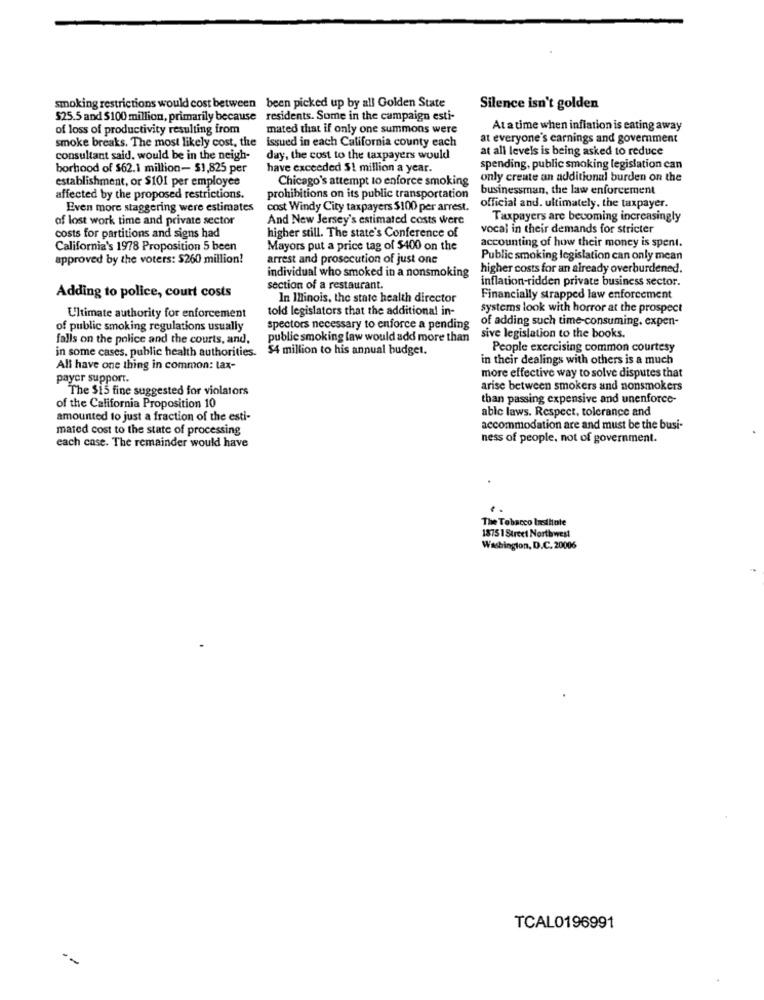
smoking restrictions would cost between
been picked up by all Golden State
Silence isn't golden
$25.5 and $100 million, primarily because residents. Some in the campaign esti-
of loss of productivity resulting from
mated that if only one summons were
At a time when inflation is eating away
smoke breaks. The most likely cost, the
issued in each California county each
at everyone's earnings and government
at all levels is being asked to reduce
consultant said. would be in the neigh-
day, the cost to the taxpayers would
borhood of $62.1 million- $1,825 per
have exceeded $1 million a year.
spending, public smoking legislation can
establishment, or $101 per employee
Chicago's attempt to enforce smoking
only create an additional burden on the
businessman, the law enforcement
affected by the proposed restrictions.
prohibitions on its public transportation
Even more staggering were estimates
cost Windy City taxpayers $100 per arrest.
official and. ultimately. the taxpayer.
of lost work time and private sector
And New Jersey's estimated costs were
Taxpayers are becoming increasingly
vocal in their demands for stricter
costs for partitions and signs had
higher still. The state's Conference of
accounting of how their money is spent.
California's 1978 Proposition 5 been
Mayors put a price tag of $400 on the
approved by the voters: $260 million!
arrest and prosecution of just one
Public smoking legislation can only mean
higher costs for an already overburdened.
individual who smoked in a nonsmoking
inflation-ridden private business sector.
section of a restaurant.
Adding to police, court costs
In Illinois, the state health director
Financially strapped law enforcement
told legislators that the additional in-
systems look with horror at the prospect
Ultimate authority for enforcement
of adding such time-consuming, expen-
of public smoking regulations usually
spectors necessary to enforce a pending
falls on the police and the courts, and.
public smoking law would add more than
sive legislation to the books
in some cases. public health authorities. $4 million to his annual budget.
People exercising common courtesy
in their dealings with others is a much
All have one thing in common: tax-
payer support.
more effective way to solve disputes that
The $15 fine suggested for violators
arise between smokers and nonsmokers
than passing expensive and unenforce-
of the California Proposition 10
able laws. Respect, tolerance and
amounted to just a fraction of the esti-
mated cost to the state of processing
accommodation are and must be the busi-
ness of people, not of government.
each case. The remainder would have
The Tobacco Institute
1875 1 Street Northwest
Washington, D.C. 20006
TCAL0196991